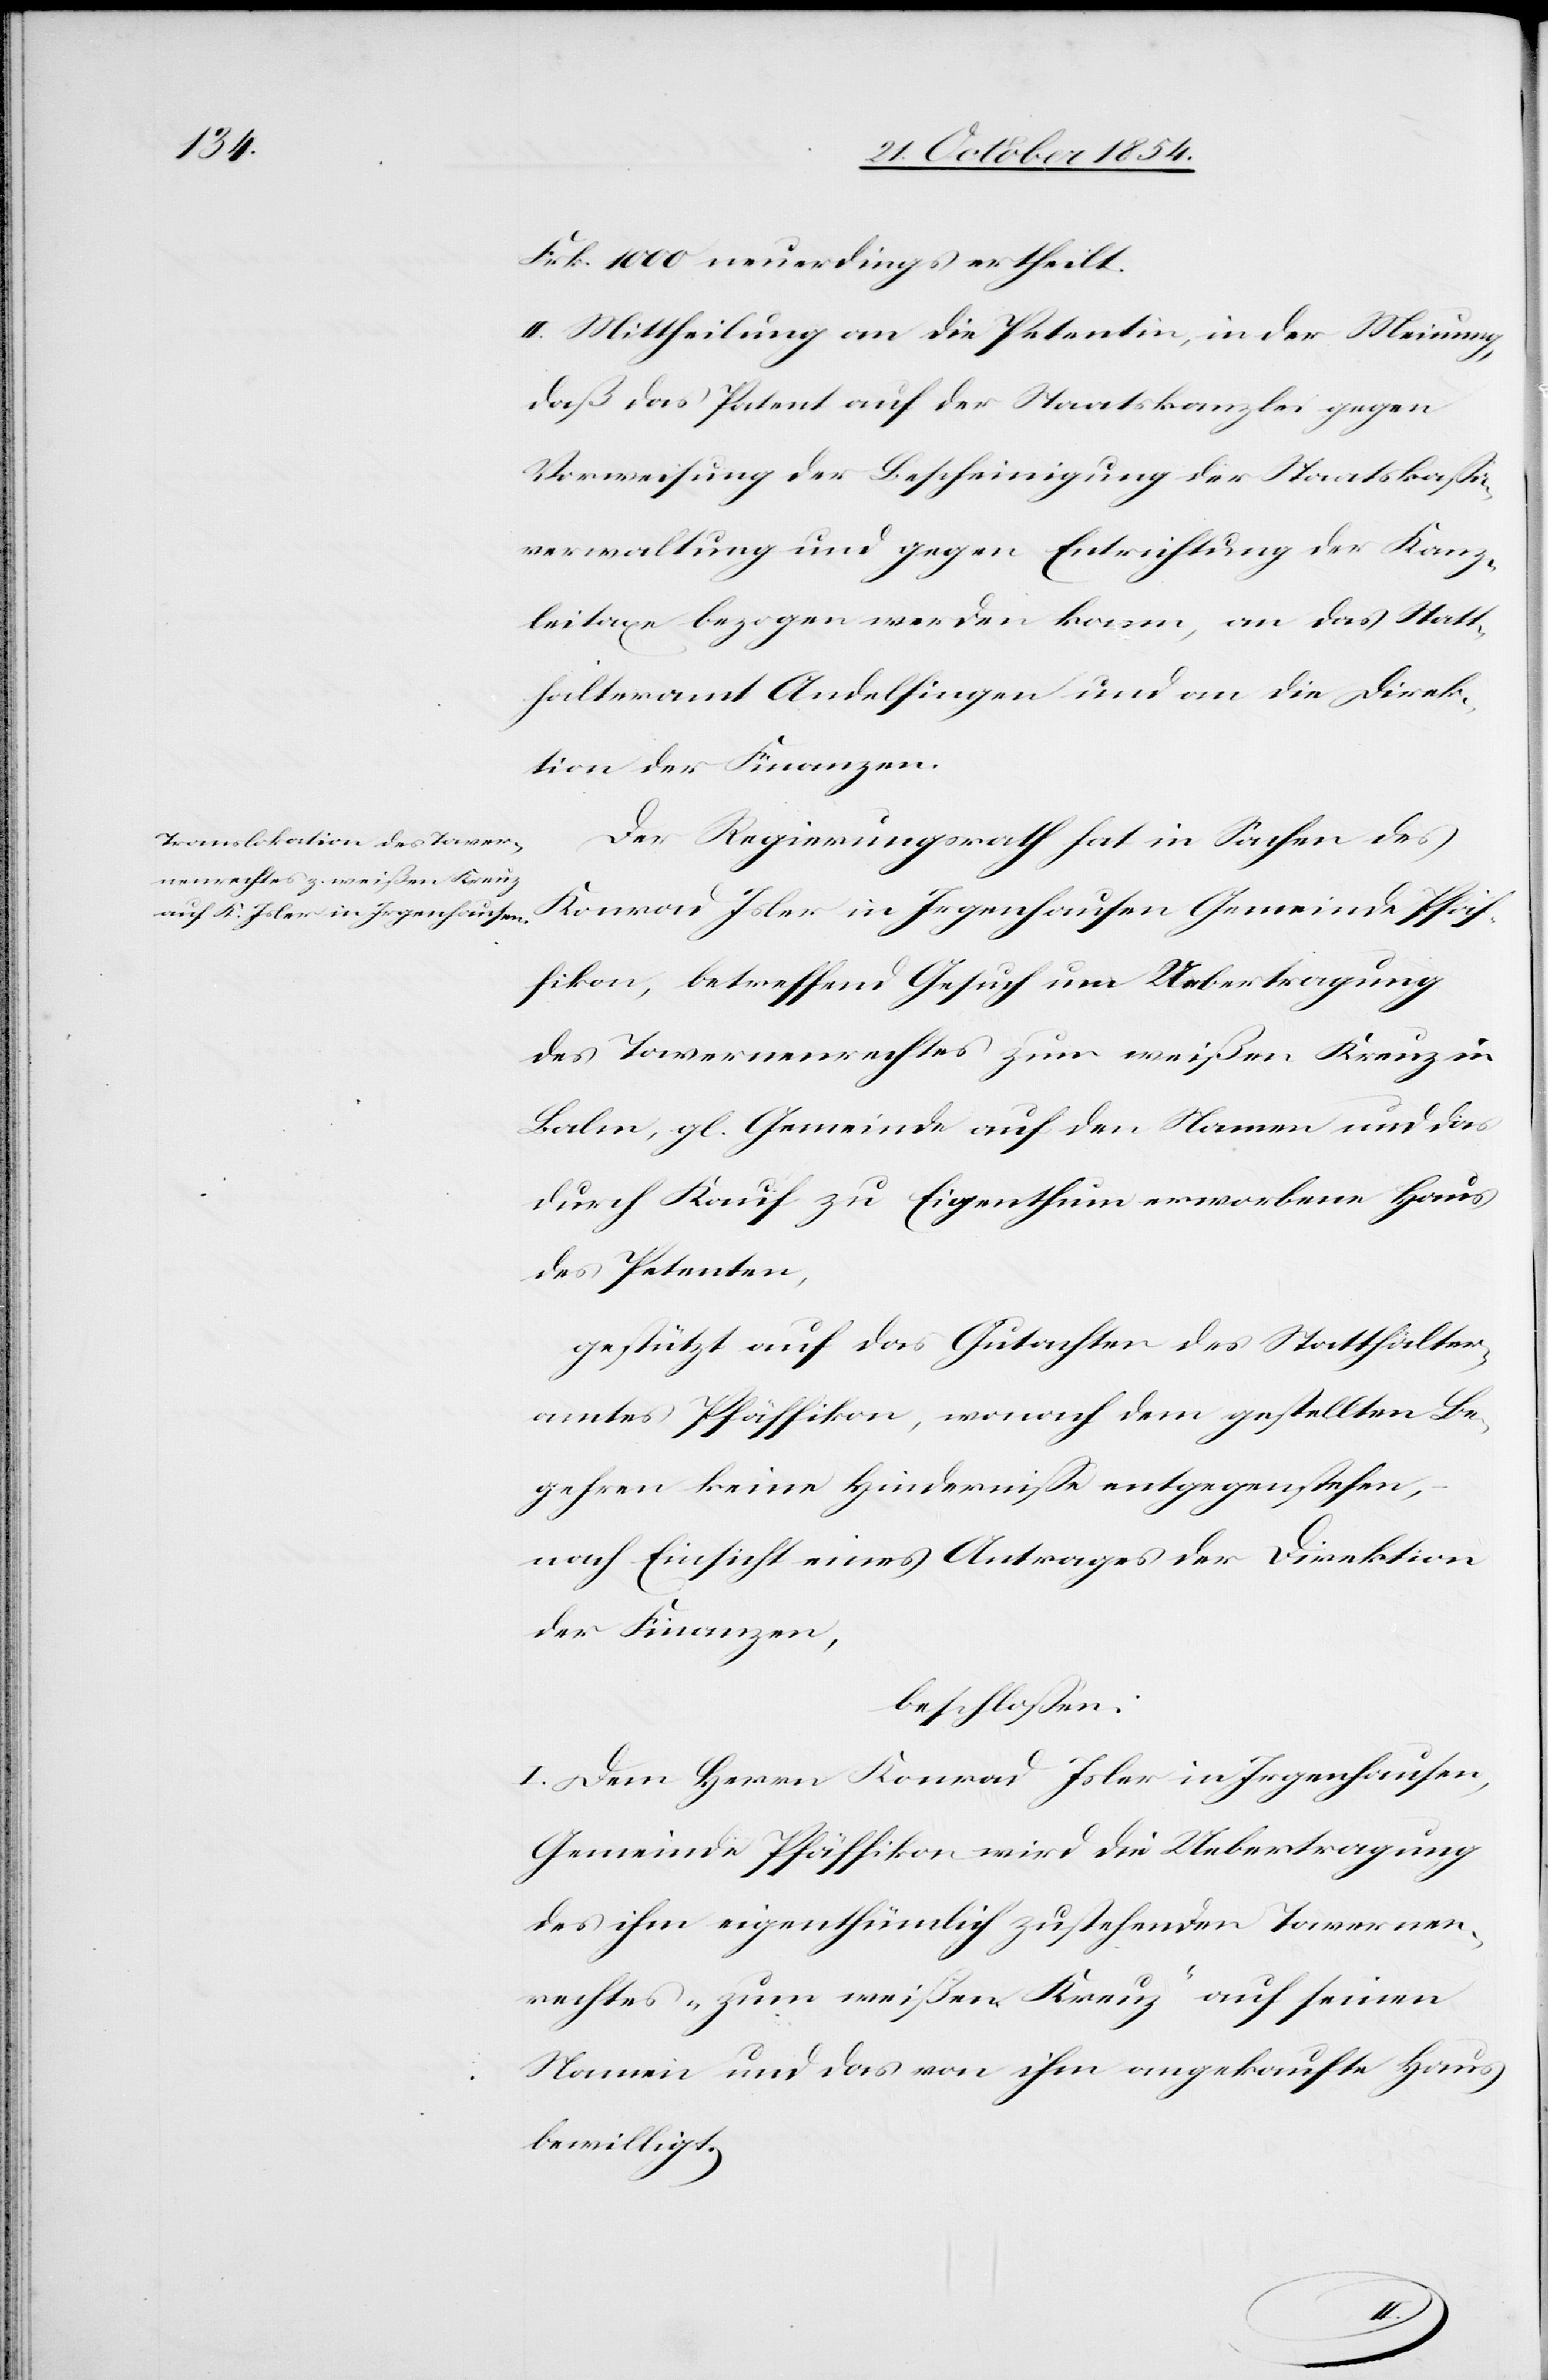
Frk. 1000 neuerdings ertheilt.
II. Mittheilung an die Petentin, in der Meinung,
daß das Patent auf der Staatskanzlei gegen
Vorweisung der Bescheinigung der Staatskaßa¬
verwaltung und gegen Entrichtung der Kanz¬
leitaxe bezogen werden kann, an das Statt¬
halteramt Andelfingen und an die Direk¬
tion der Finanzen.
Der Regierungsrath hat in Sachen des
Konrad Isler in Irgenhausen Gemeinde Pfäf¬
fikon, betreffend Gesuch um Uebertragung
des Tavernenrechtes zum weißen Kreuz in
Balm, gl. Gemeinde auf den Namen und das
durch Kauf zu Eigenthum erworbenen Haus
des Petenten,
gestützt auf das Gutachten des Statthalter¬
amtes Pfäffikon, wonach dem gestellten Be¬
gehren keine Hinderniße entgegenstehen,
nach Einsicht eines Antrages der Direktion
der Finanzen,
beschloßen:
l. Dem Herrn Konrad Isler in Irgenhausen,
Gemeinde Pfäffikon wird die Uebertragung
des ihm eigenthümlich zustehenden Tavernen¬
rechtes „zum weißen Kreuz“ auf seinen
Namen und das von ihm angekaufte Haus
bewilligt.